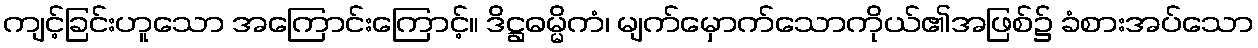
ကျင့်ခြင်းဟူသော အကြောင်းကြောင့်။ ဒိဋ္ဌဓမ္မိကံ၊ မျက်မှောက်သောကိုယ်၏အဖြစ်၌ ခံစားအပ်သော